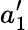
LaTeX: a_{1}^{\prime}